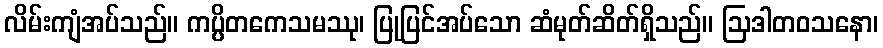
လိမ်းကျံအပ်သည်။ ကပ္ပိတကေသမဿု၊ ပြုပြင်အပ်သော ဆံမုတ်ဆိတ်ရှိသည်။ ဩဒါတဝသနော၊